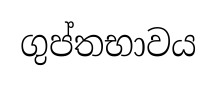
ගුප්තභාවය